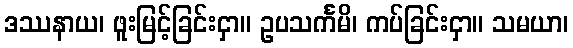
ဒဿနာယ၊ ဖူးမြင့်ခြင်းငှာ။ ဥပသင်္ကမိ၊ ကပ်ခြင်းငှာ။ သမယာ၊